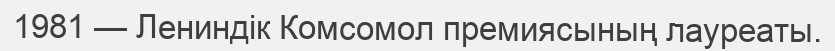
1981 — Лениндік Комсомол премиясының лауреаты.